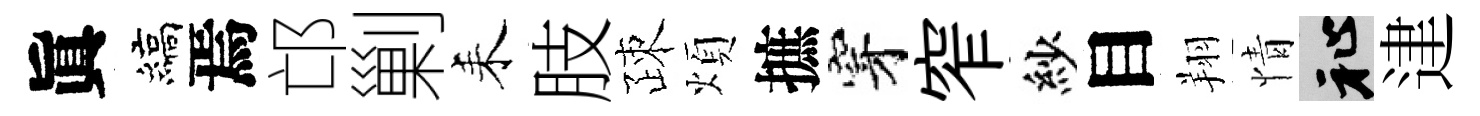
眞縞焉邙剿耒肢疎煩摭穿窄紗目翔情祉䢖